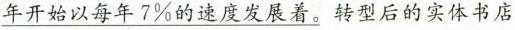
\underline{年开始以每年7%的速度发展着。}转型后的实体书店